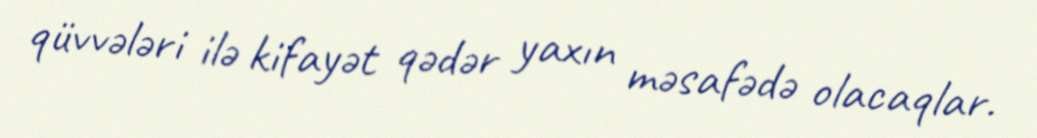
qüvvələri ilə kifayət qədər yaxın məsafədə olacaqlar.